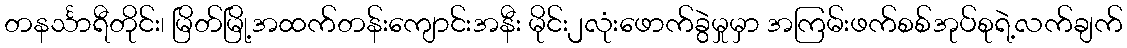
တနင်္သာရီတိုင်း၊ မြိတ်မြို့အထက်တန်းကျောင်းအနီး မိုင်း၂လုံးဖောက်ခွဲမှုမှာ အကြမ်းဖက်စစ်အုပ်စုရဲ့လက်ချက်